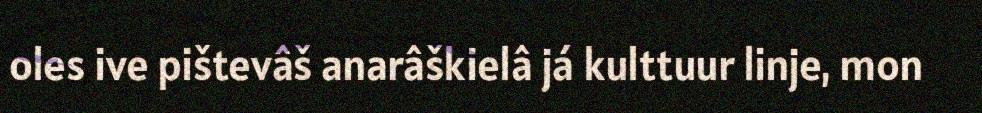
oles ive pištevâš anarâškielâ já kulttuur linje, mon